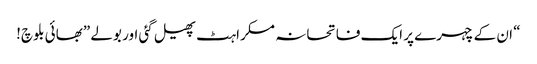
“ ان کے چہرے پر ایک فاتحانہ مسکراہٹ پھیل گئی اور بولے ”بھائی بلوچ!